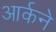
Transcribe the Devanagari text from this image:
आर्कने